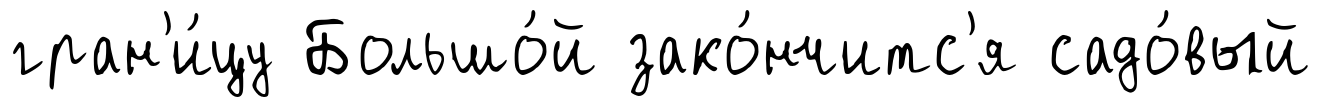
гран'и́цу Большо́й зако́нчитс'я садо́вый